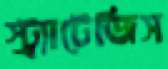
স্ট্র্যাটেজিস